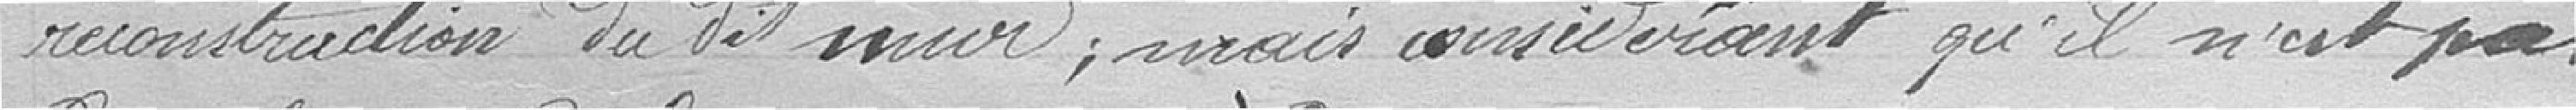
reconstruction du dit mur; mais considérant qu'il n'est pas